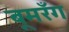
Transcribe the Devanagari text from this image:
बूमरँग